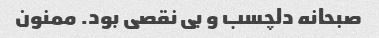
صبحانه دلچسب و بی نقصی بود. ممنون